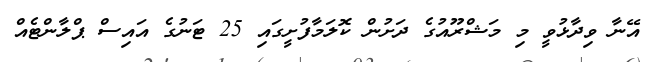
އޭނާ ވިދާޅުވީ މި މަޝްރޫއުގެ ދަށުން ކޮލަމާފުށީގައި 25 ޓަނުގެ އައިސް ޕްލާންޓެއް